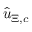
\boldsymbol { \widehat { u } } _ { \Xi , c }